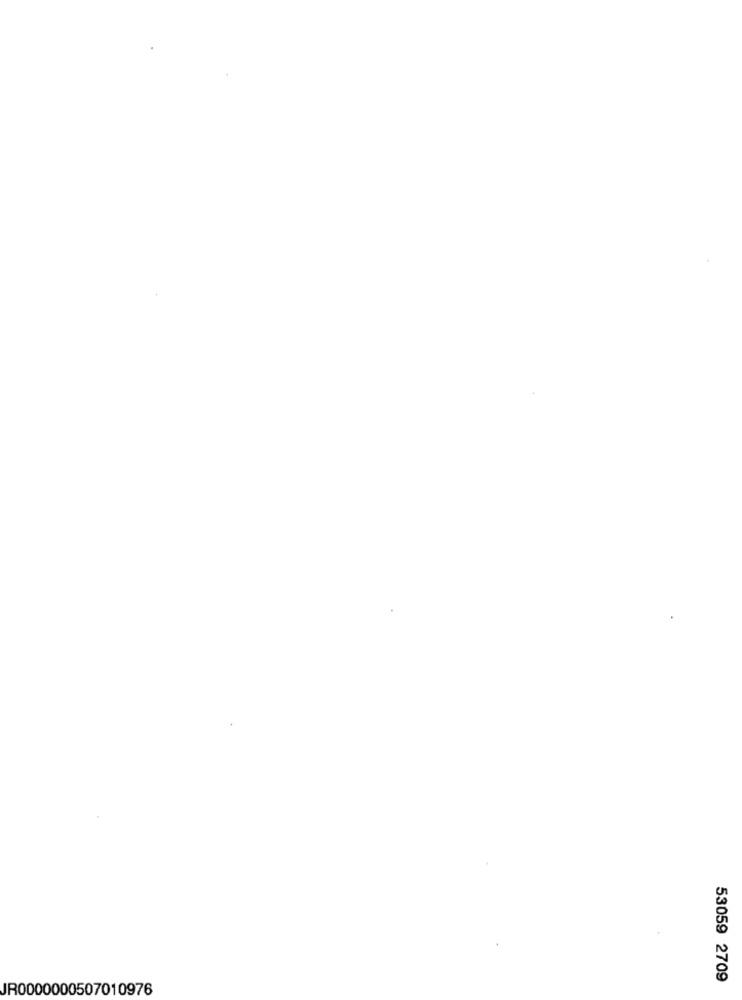
53059 2709
JR0000000507010976